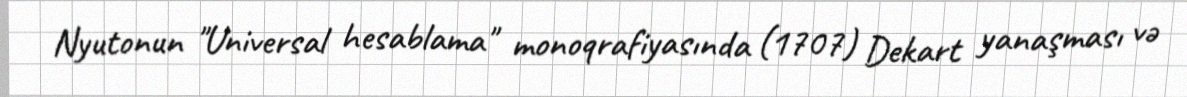
Nyutonun "Universal hesablama" monoqrafiyasında (1707) Dekart yanaşması və